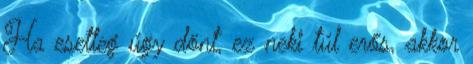
Ha esetleg úgy dönt, ez neki túl erős, akkor